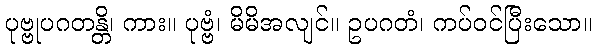
ပုဗ္ဗုပဂတန္တိ၊ ကား။ ပုဗ္ဗံ၊ မိမိအလျင်။ ဥပဂတံ၊ ကပ်ဝင်ပြီးသော။